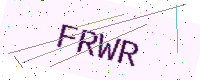
Text: FRWR